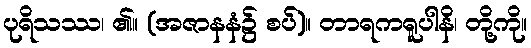
ပုရိသဿ၊ ၏။ (အဇာနနံ၌ စပ်)။ တာရကရူပါနိ၊ တို့ကို။